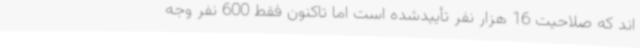
اند که صلاحیت 16 هزار نفر تأییدشده است اما تاکنون فقط 600 نفر وجه